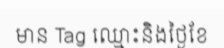
មាន Tag ឈ្មោះនិងថ្ងៃខែ